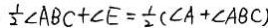
\frac { 1 } { 2 } \angle A B C + \angle E = \frac { 1 } { 2 } ( \angle A + \angle A B C )